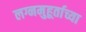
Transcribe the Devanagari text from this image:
लग्नमुहूर्ताच्या